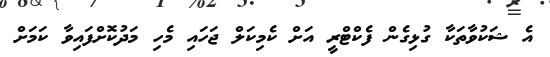
އެ ޝަކުވާތަކާ ގުޅިގެން ފެކްޓްރީ އަށް ކެމިކަލް ޖަހައި މެހި މަދުކޮށްފައިވާ ކަމަށް